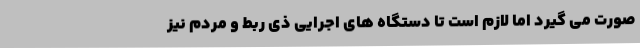
صورت می گیرد اما لازم است تا دستگاه های اجرایی ذی ربط و مردم نیز